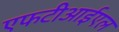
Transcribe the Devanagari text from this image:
एफटीआईएल